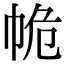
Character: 𢂕